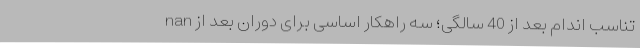
nan تناسب اندام بعد از 40 سالگی؛ سه راهکار اساسی برای دوران بعد از